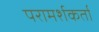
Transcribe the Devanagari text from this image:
परामर्शकर्ता